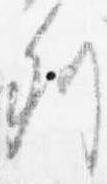
列